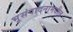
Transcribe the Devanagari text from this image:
भूसंपादनामधील